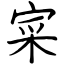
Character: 寀